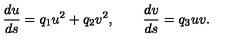
{ \frac { d u } { d s } } = q _ { 1 } u ^ { 2 } + q _ { 2 } v ^ { 2 } , \qquad { \frac { d v } { d s } } = q _ { 3 } u v .